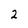
Character: 2